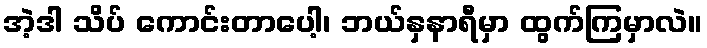
အဲ့ဒါ သိပ် ကောင်းတာပေါ့၊ ဘယ်နှနာရီမှာ ထွက်ကြမှာလဲ။